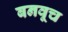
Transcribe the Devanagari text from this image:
बनवूच